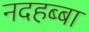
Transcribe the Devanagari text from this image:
नदहब्बा